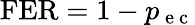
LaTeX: \mathrm{FER}=1-p_{\mathrm{~e~c~}}